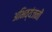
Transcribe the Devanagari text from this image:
अभिव्यंजनों